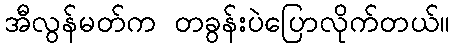
အီလွန်မတ်က တခွန်းပဲပြောလိုက်တယ်။